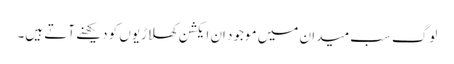
لوگ سب میدان میں موجود اِن ایکشن کھلاڑیوں کو دیکھنے آتے ہیں۔